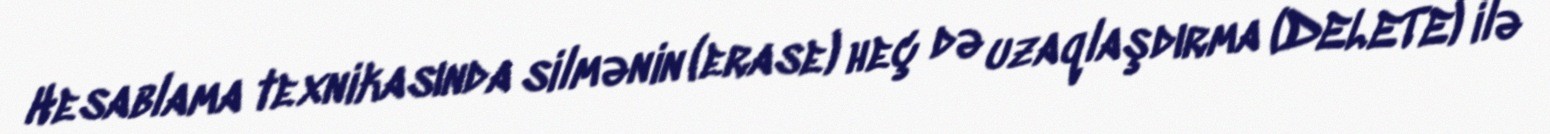
Hesablama texnikasında silmənin (erase) heç də uzaqlaşdırma (DELETE) ilə